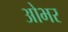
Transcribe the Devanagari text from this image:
ओभर